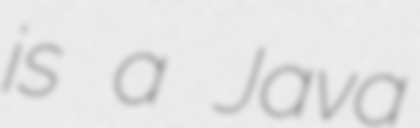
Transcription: is a Java